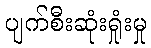
ပျက်စီးဆုံးရှုံးမှု